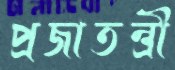
প্রজাতন্ত্রী